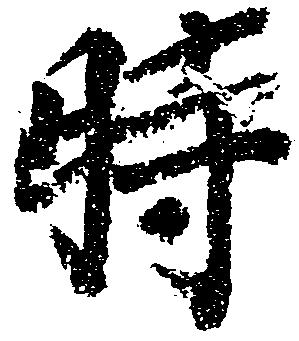
時